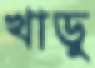
খাড়ু